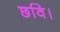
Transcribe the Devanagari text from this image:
छवि।